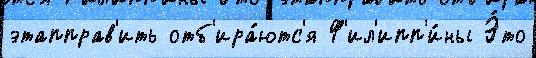
этапправ'ить отб'ира́ютс'я Ф'ил'ипп'и́ны Э́то